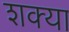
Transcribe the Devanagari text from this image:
शक्या